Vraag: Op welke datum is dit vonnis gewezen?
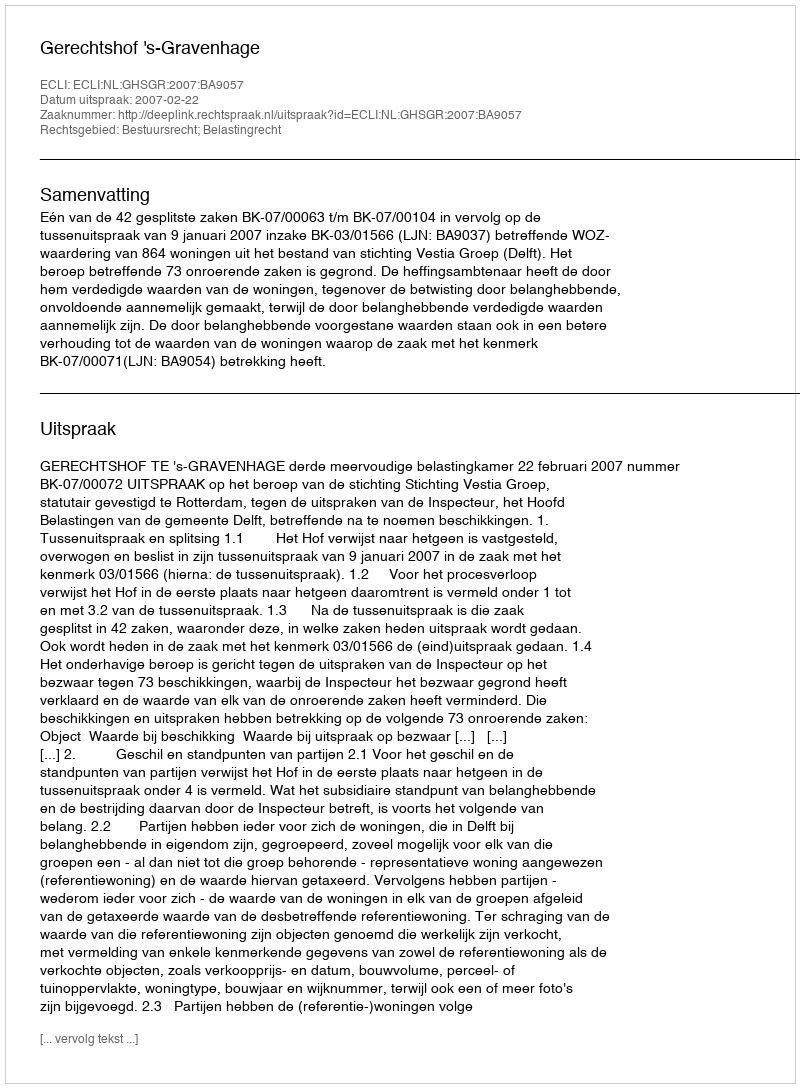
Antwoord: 2007-02-22